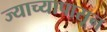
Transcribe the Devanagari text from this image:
ज्याच्यापासून